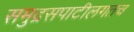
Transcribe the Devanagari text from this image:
समुद्रसपाटीलगतच